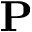
{ \bf P }